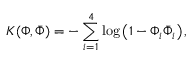
K ( \Phi , { \bar { \Phi } } ) = - \sum _ { i = 1 } ^ { 4 } \log \left( 1 - \Phi _ { i } { \bar { \Phi } } _ { i } \right) ,